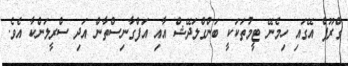
ގްރޫޕް އޭގައި ހިމެނޭ ޓީމުތަކަކީ ބަންގްލަދޭޝް އާއި އަފްގާނިސްތާން އަދި ސްރީލަންކާ އެވެ.